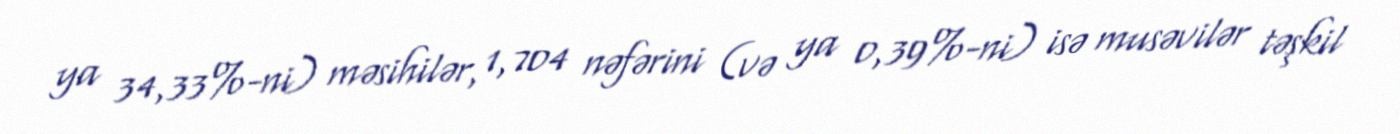
ya 34,33%-ni) məsihilər, 1,704 nəfərini (və ya 0,39%-ni) isə musəvilər təşkil